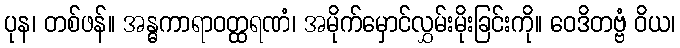
ပုန၊ တစ်ဖန်။ အန္ဓကာရာဝတ္ထရဏံ၊ အမိုက်မှောင်လွှမ်းမိုးခြင်းကို။ ဝေဒိတဗ္ဗံ ဝိယ၊